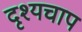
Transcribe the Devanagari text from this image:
दृश्यचाप